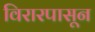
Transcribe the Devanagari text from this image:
विरारपासून